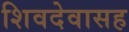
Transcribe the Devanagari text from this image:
शिवदेवासह